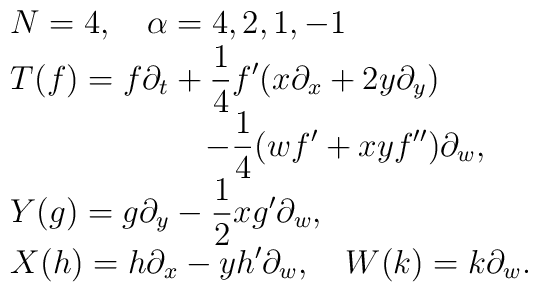
\begin{array}{l}N = 4, \quad \alpha = 4,2,1,-1\\\displaystyle T(f) = f \partial_t + \frac{1}{4} f^\prime (x \partial_x+ 2y \partial_y) \\\displaystyle \qquad\qquad\qquad - \frac{1}{4} (wf^\prime + xyf^{\prime\prime}) \partial_w,\\\displaystyle Y(g) = g \partial_y - \frac{1}{2} xg^\prime \partial_w,\\\displaystyle X(h) = h \partial_x - y h^\prime \partial_w, \quad W(k)= k \partial_w.\end{array}